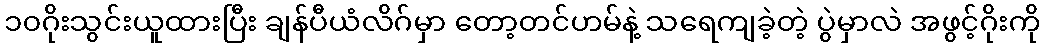
၁၀ဂိုးသွင်းယူထားပြီး ချန်ပီယံလိဂ်မှာ တော့တင်ဟမ်နဲ့ သရေကျခဲ့တဲ့ ပွဲမှာလဲ အဖွင့်ဂိုးကို